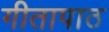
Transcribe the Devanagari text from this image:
गीतापाठ